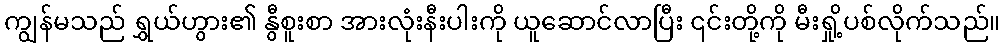
ကျွန်မသည် ရွှယ်ဟွား၏ နွီစူးစာ အားလုံးနီးပါးကို ယူဆောင်လာပြီး ၎င်းတို့ကို မီးရှို့ပစ်လိုက်သည်။